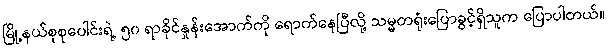
မြို့နယ်စုစုပေါင်းရဲ့ ၅၀ ရာခိုင်နှုန်းအောက်ကို ရောက်နေပြီလို့ သမ္မတရုံးပြောခွင့်ရှိသူက ပြောပါတယ်။